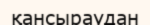
қансыраудан